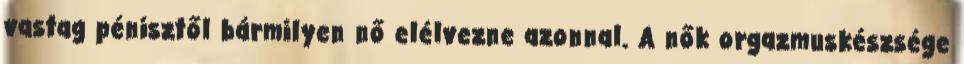
vastag pénisztől bármilyen nő elélvezne azonnal. A nők orgazmuskészsége